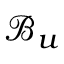
\mathcal { B } _ { u }